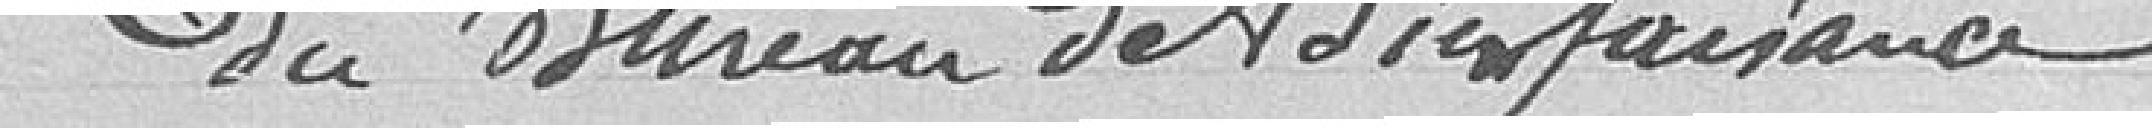
Délibération de la commission administrative du Bureau de Bienfaisance